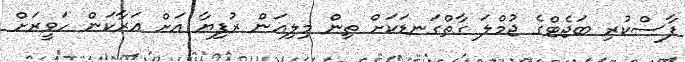
ފާސްކުރި ބަޖެޓްގެ ޖުމްލަ ގާތްގަނޑަކަށް ތިން މިލިއަން ރުފިޔާ އަށް އަރާކަން ހަވީރަށް